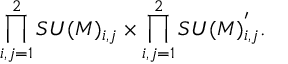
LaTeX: \prod _ { i , j = 1 } ^ { 2 } S U ( M ) _ { i , j } \times \prod _ { i , j = 1 } ^ { 2 } S U ( M ) _ { i , j } ^ { ' } .